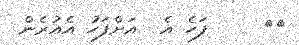
٥٠     ފަހެ އެ  އަށްފަހު އެއުރެން